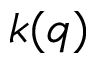
k ( q )